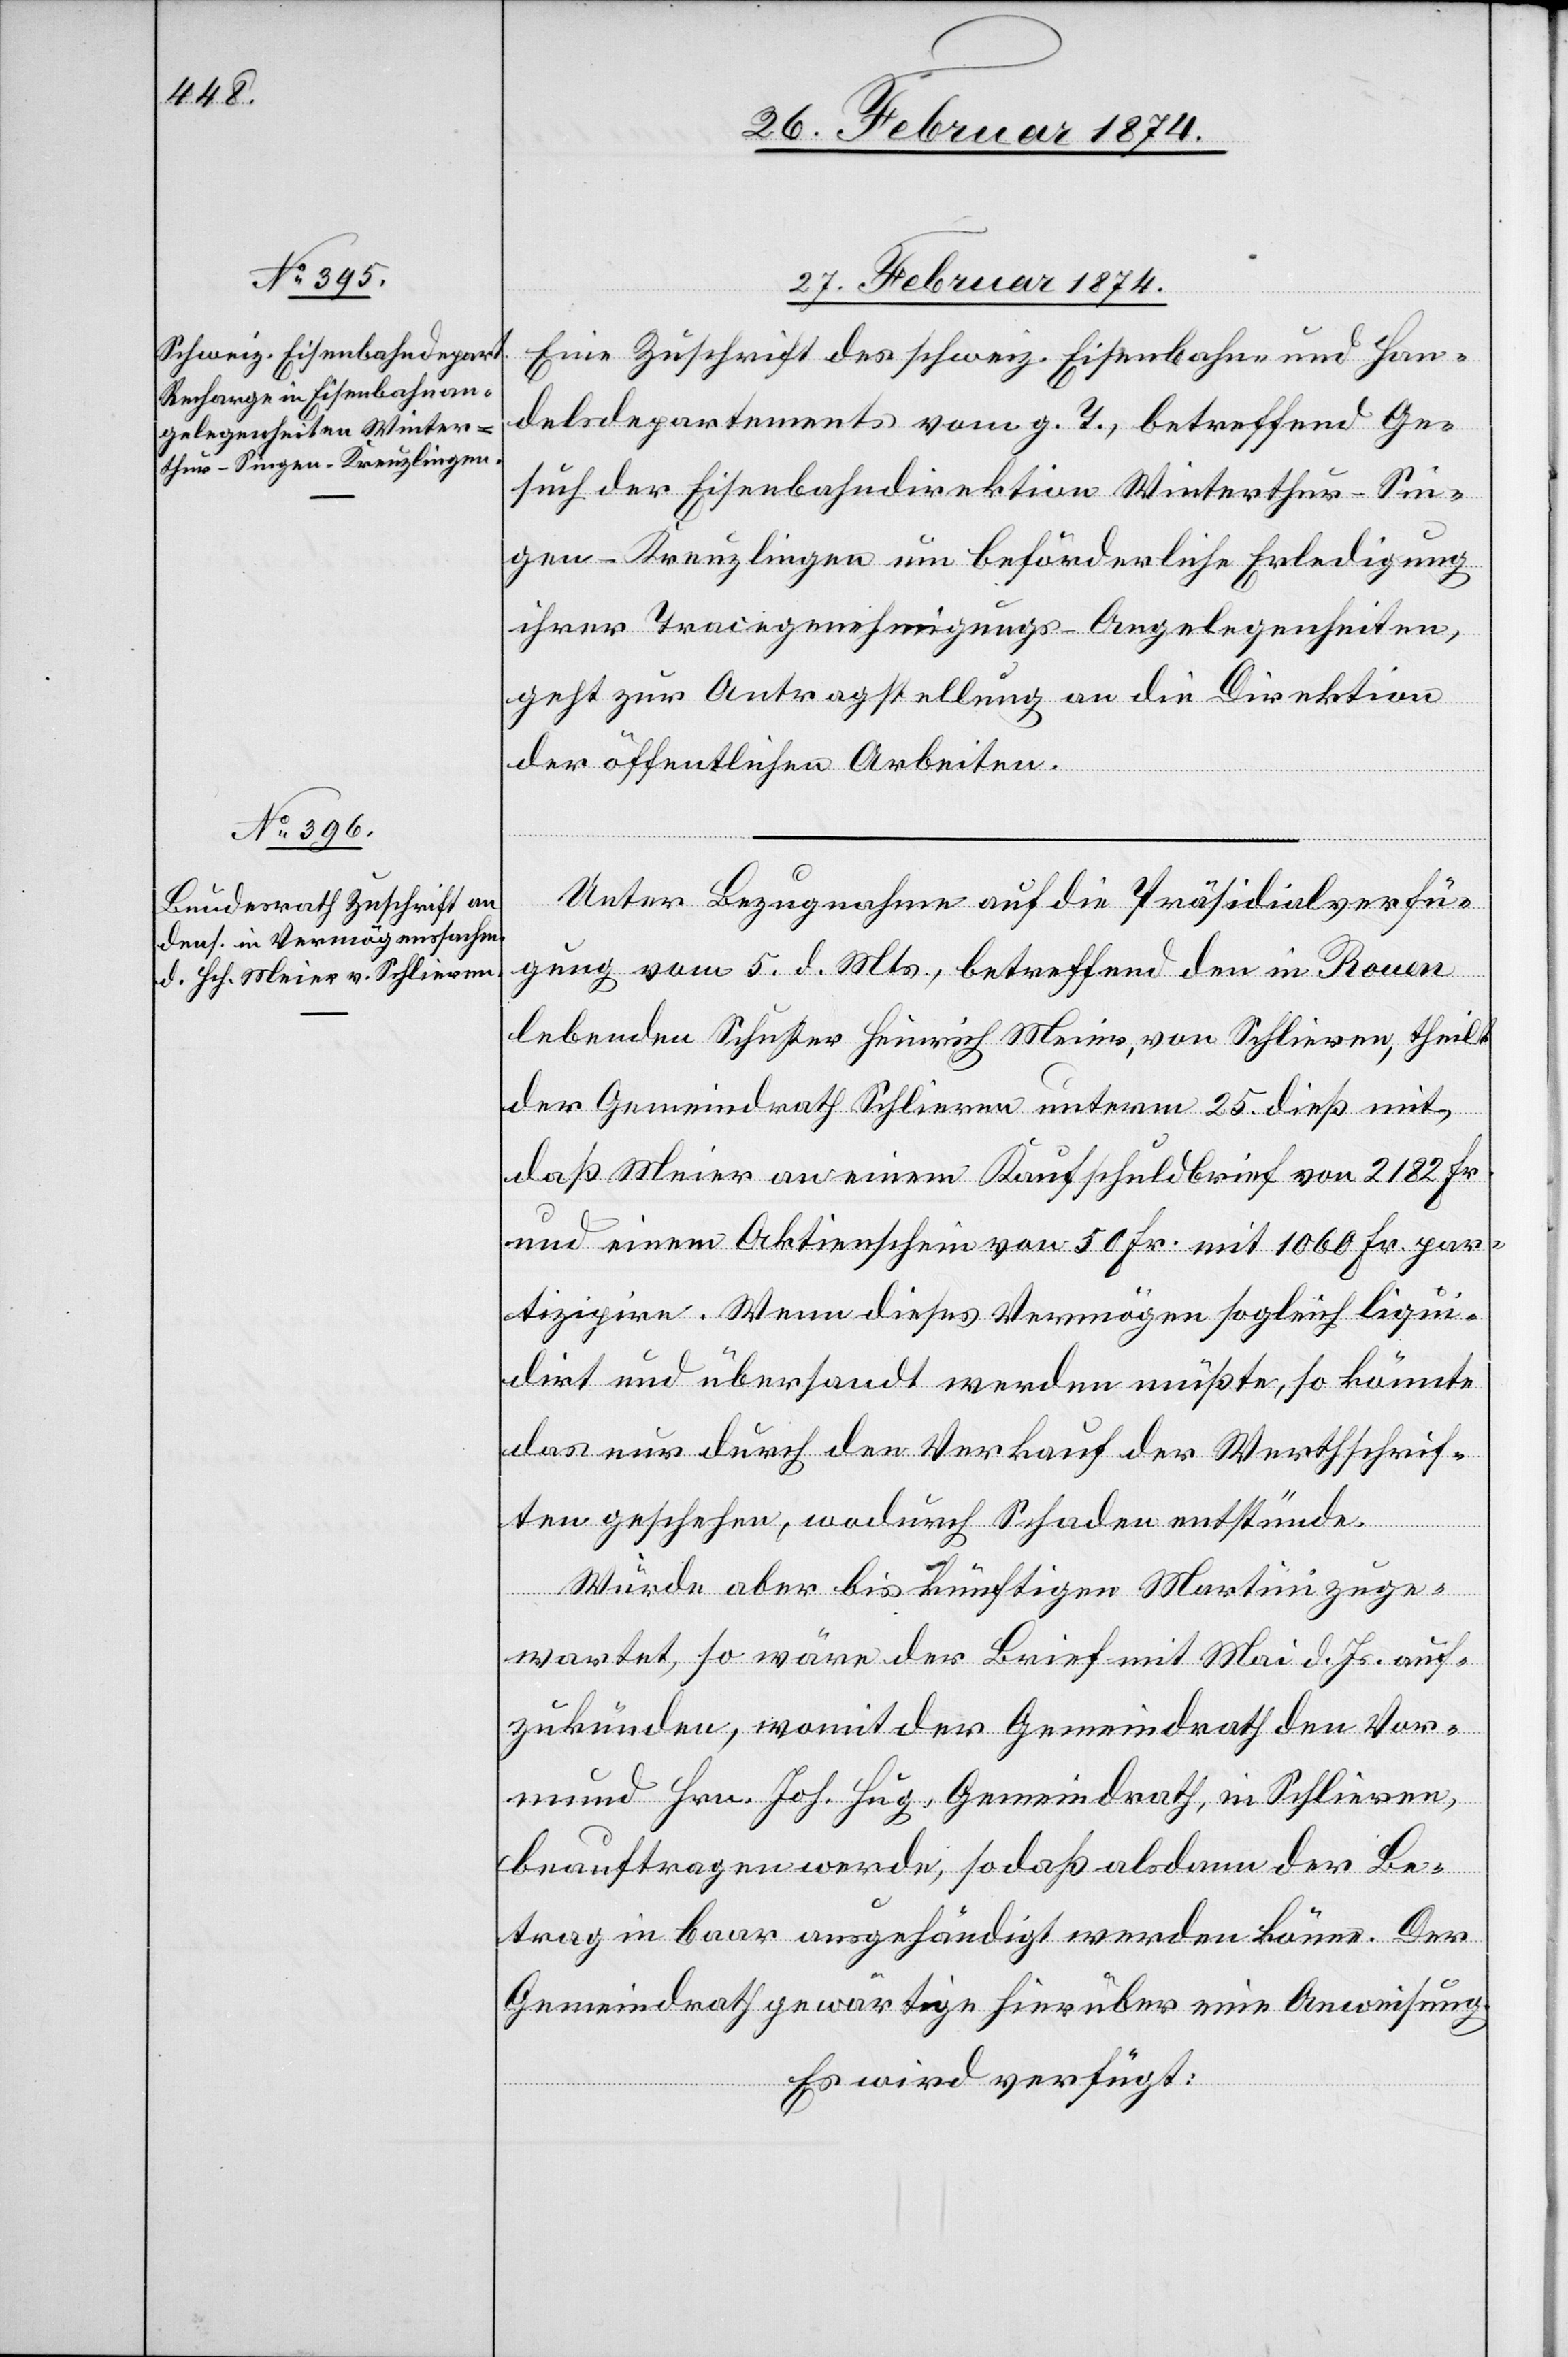
27. Februar 1874.]
Eine Zuschrift des schweiz. Eisenbahn und Han¬
delsdepartements vom g. T., betreffend Ge¬
such der Eisenbahndirektion Winterthur-Sin¬
gen-Kreuzlingen um beförderliche Erledigung
ihrer Tracegenehmigungs-Angelegenheiten,
geht zur Antragstellung an die Direktion
der öffentlichen Arbeiten.
Unter Bezugnahme auf die Präsidialverfü¬
gung vom 5. d. Mts., betreffend den in Rouen
lebenden Schuster Heinrich Meier, von Schlieren, theilt
der Gemeindrath Schlieren unterm 25. dieß mit,
daß Meier aus einem Kaufschuldbrief von 2181 Fr.
und einem Aktienschein von 50 Fr. mit 1060 Fr. par¬
tizire. Wenn dieses Vermögen sogleich liqui¬
dirt und übersandt werden müßte, so könnte
das nur durch den Verkauf der Werthschrif¬
ten geschehen, wodurch Schaden entstände.
Würde aber bis künftigen Martini zuge¬
wartet, so wäre der Brief mit Mai d. Js. auf¬
zukünden, womit der Gemeindrath den Vor¬
mund Hrn. Joh. Hug, Gemeindrath, in Schlieren,
beauftragen werde, so daß alsdann der Be¬
trag in baar ausgehändigt werden könne. Der
Gemeindrath gewärtige hierüber eine Anweisung.
Es wird verfügt: